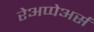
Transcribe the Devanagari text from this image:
रेअप्पेअर्स